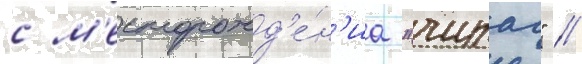
с м'есторожд'е́н'иа "чираг" //